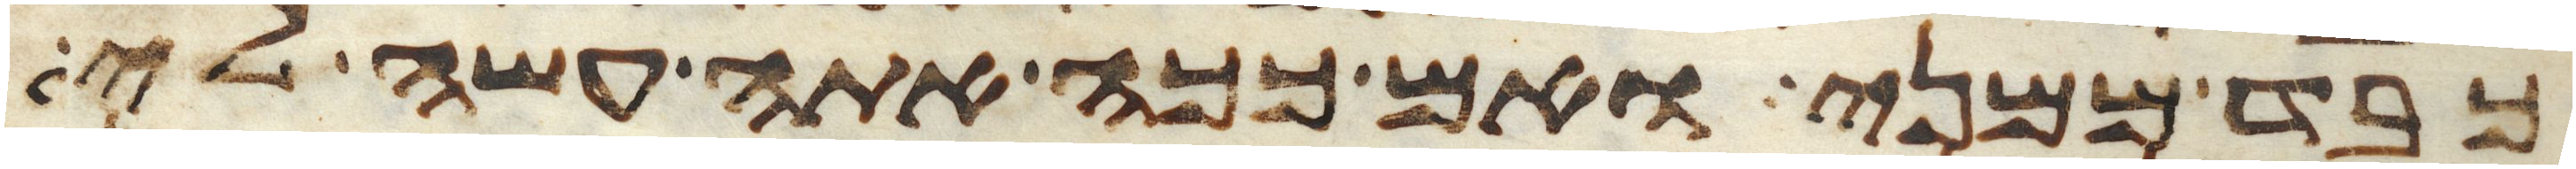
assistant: כבד ממני ואם ככה אתה עשה לי